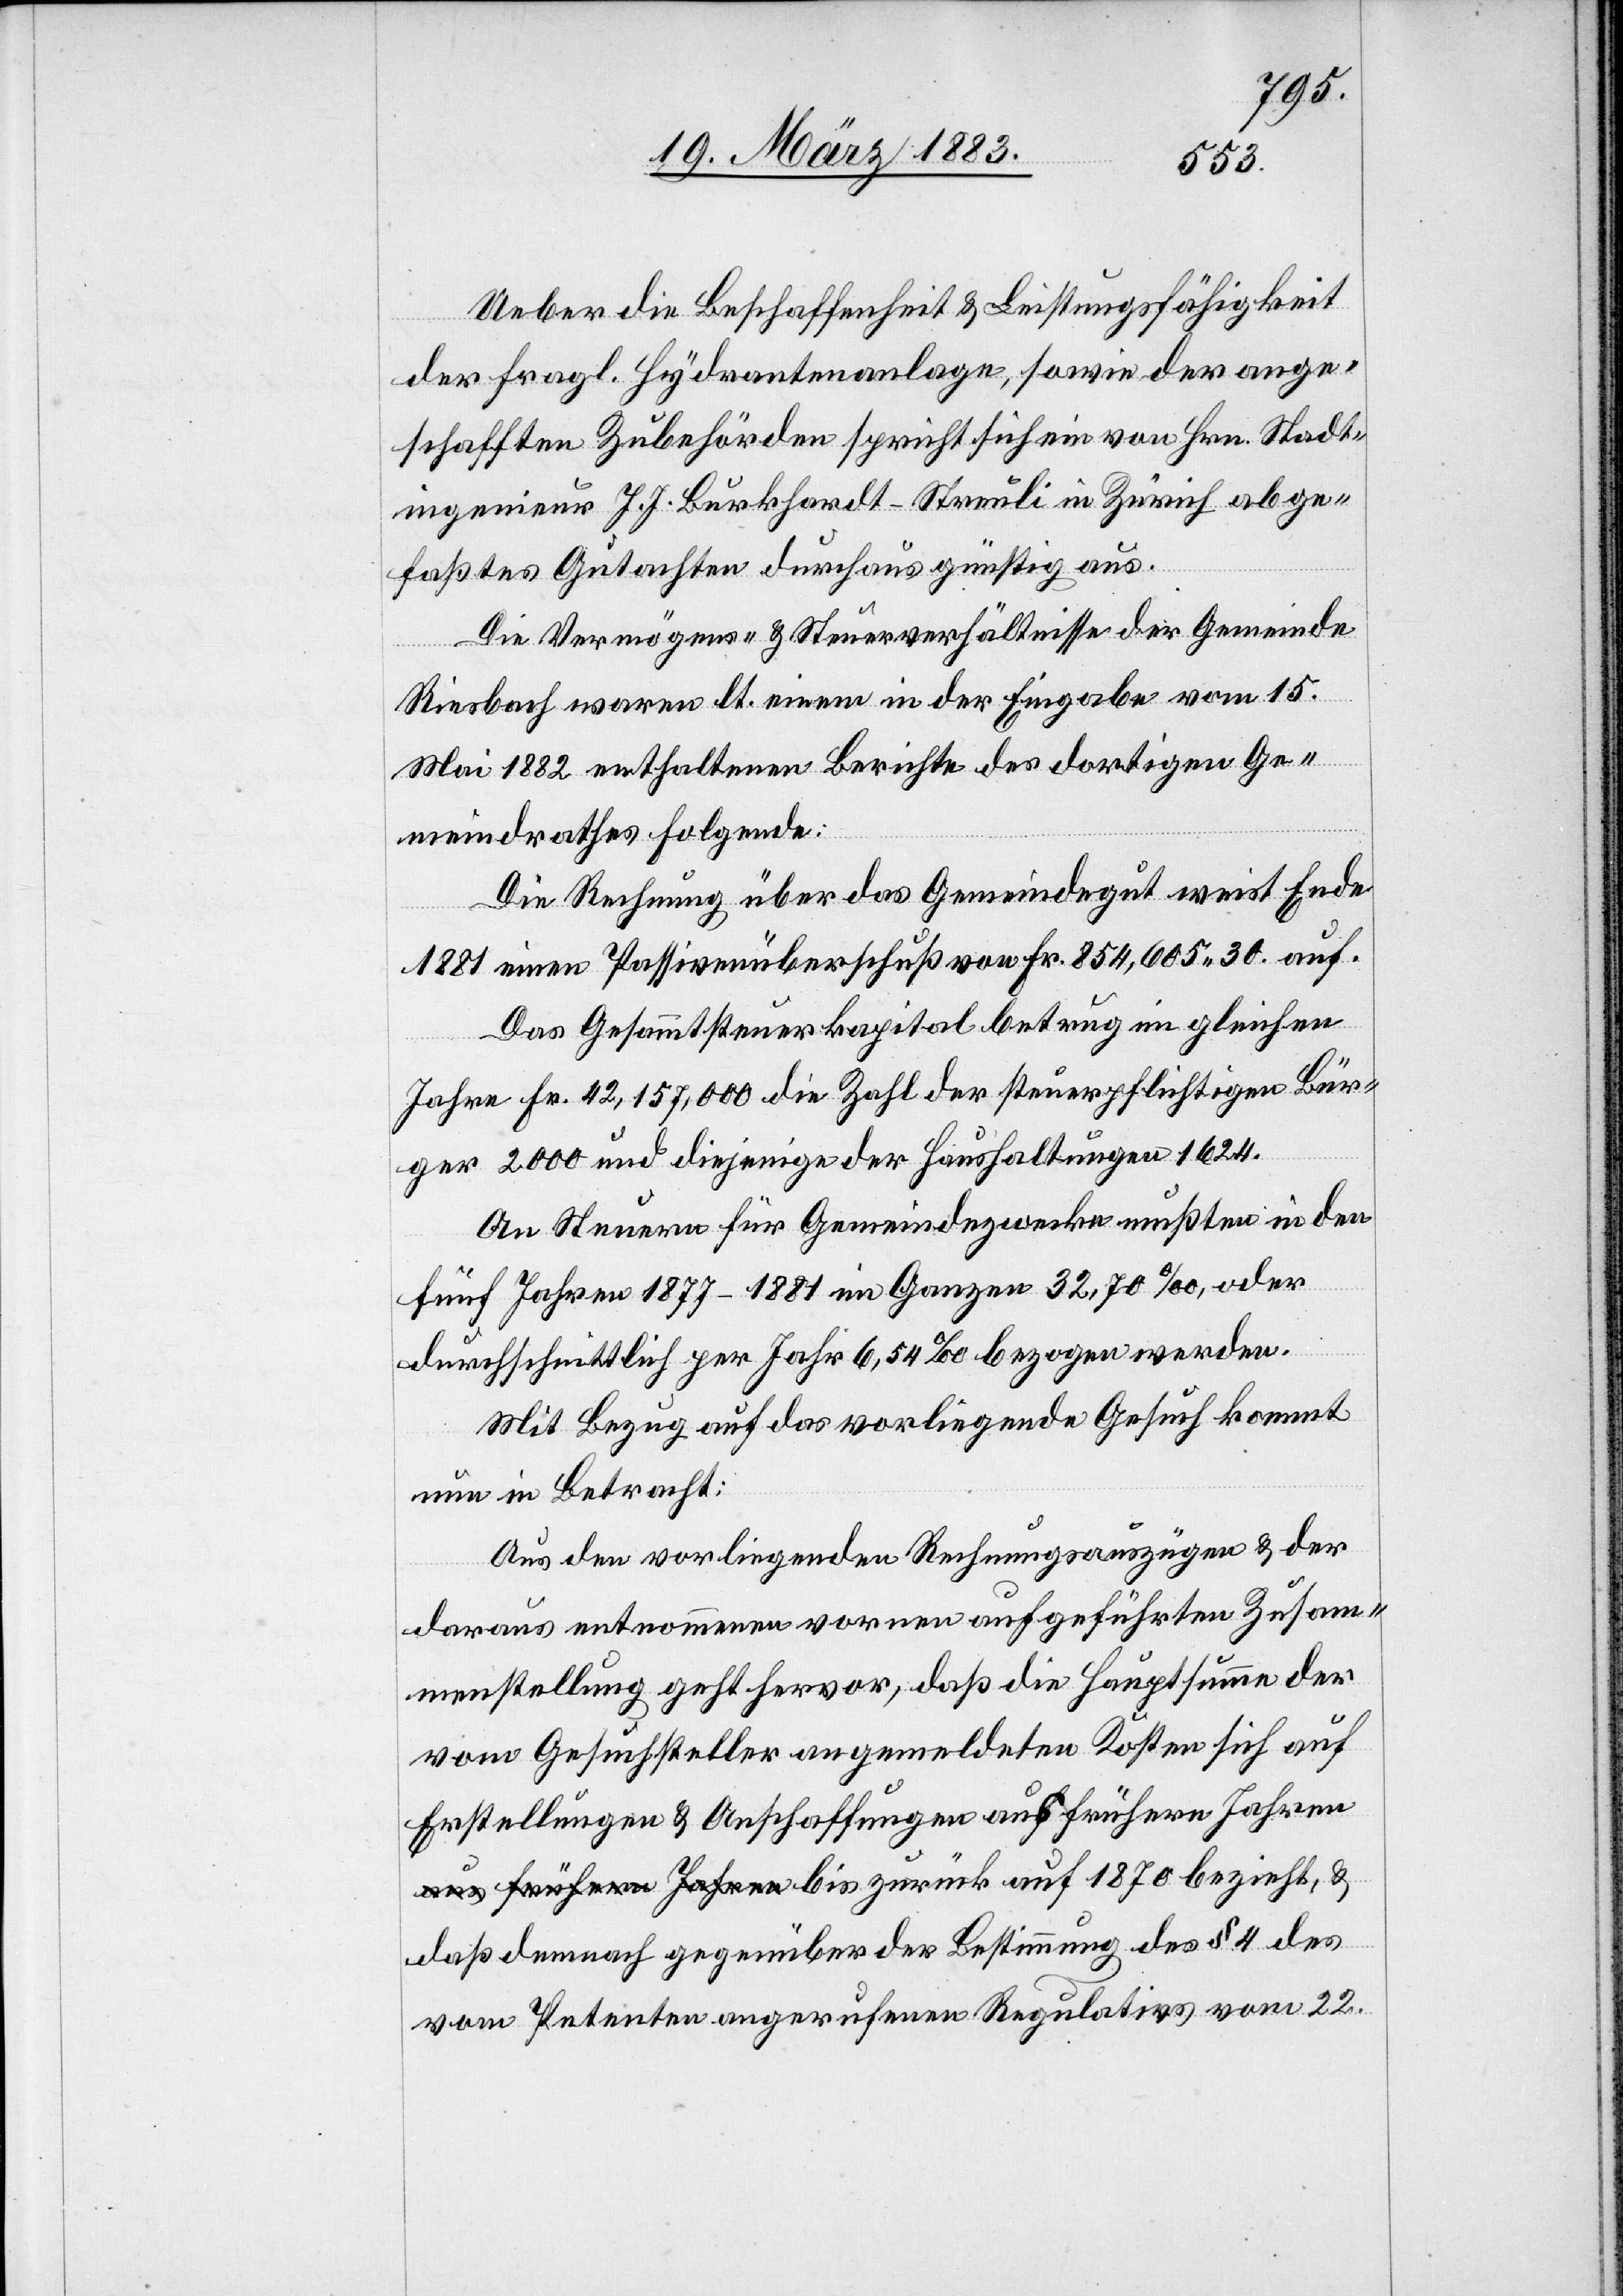
1870
Ueber die Beschaffenheit & Leistungsfähigkeit
der fragl. Hydrantenanlage, sowie der ange¬
schafften Zubehörden spricht sich ein von Hrn. Stadt¬
ingenieur J. J. Burkhardt-Streuli in Zürich abge¬
faßtes Gutachten durchaus günstig aus.
Die Vermögens- & Steuerverhältnisse der Gemeinde
Riesbach waren lt. einem in der Eingabe vom 15.
Mai 1882 enthaltenen Berichte des dortigen Ge¬
meindrathes folgende:
Die Rechnung über das Gemeindegut weist Ende
1881 einen Passivenüberschuß von Fr. 854,605 30 auf.
Das Gesammtsteuerkapital betrug im gleichen
Jahre Fr. 42,157,000[,] die Zahl der steuerpflichtigen Bür¬
ger 2000 und diejenige der Haushaltungen 1624.
An Steuern für Gemeindezwecke mußten in den
fünf Jahren 1877–1881 im Ganzen 32,70‰, oder
durchschnittlich per Jahr 6,54‰ bezogen werden.
Mit Bezug auf das vorliegende Gesuch kommt
nun in Betracht:
Aus den vorliegenden Rechnungsauszügen & der
daraus entnommenen vornen [sic!] aufgeführten Zusam¬
menstellung geht hervor, daß die Hauptsumme der
vom Gesuchsteller angemeldeten Kosten sich auf
Erstellungen & Anschaffungen aus frühern Jahren
daß demnach gegenüber der Bestimmung des § 4 des
vom Petenten angerufenen Regulativs vom 22.